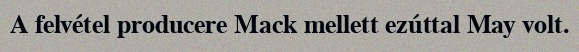
A felvétel producere Mack mellett ezúttal May volt.